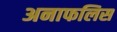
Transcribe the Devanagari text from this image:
अनाफलिस